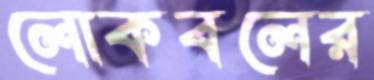
লোকবলের